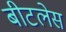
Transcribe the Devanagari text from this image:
बीटलेस